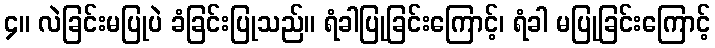
၄။ လဲခြင်းမပြုပဲ ခံခြင်းပြုသည်။ ရံခါပြုခြင်းကြောင့်၊ ရံခါ မပြုခြင်းကြောင့်